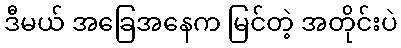
ဒီမယ် အခြေအနေက မြင်တဲ့ အတိုင်းပဲ